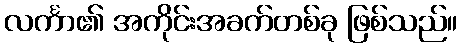
လင်္ကာ၏ အကိုင်းအခက်တစ်ခု ဖြစ်သည်။